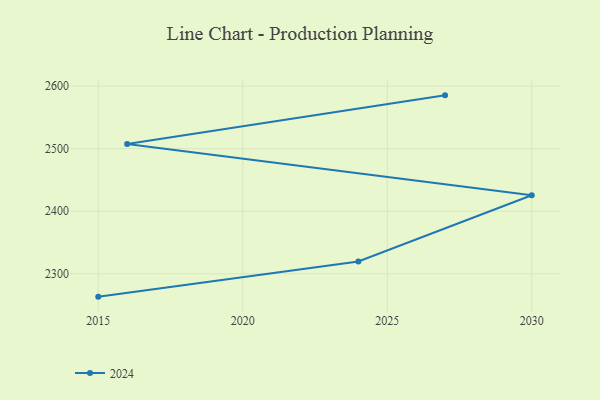
{"axis": {"x": "Year", "y": "Humidity (%)"}, "legend": ["2024"], "data": [{"x": "2027", "y": 2585.1, "type": "2024"}, {"x": "2016", "y": 2507.5, "type": "2024"}, {"x": "2030", "y": 2425.4, "type": "2024"}, {"x": "2024", "y": 2319.6, "type": "2024"}, {"x": "2015", "y": 2263.4, "type": "2024"}]}